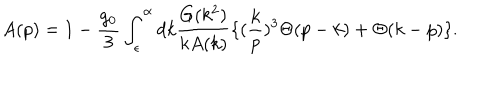
A ( p ) = 1 - \frac { g _ { 0 } } { 3 } \int _ { \epsilon } ^ { \alpha } d k \frac { G ( k ^ { 2 } ) } { k A ( k ) } \{ ( \frac { k } { p } ) ^ { 3 } \Theta ( p - k ) + \Theta ( k - p ) \} .